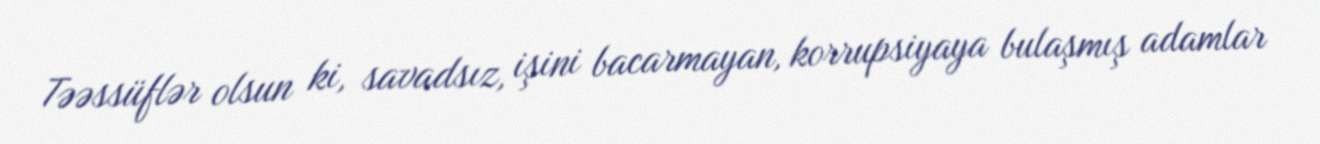
Təəssüflər olsun ki, savadsız, işini bacarmayan, korrupsiyaya bulaşmış adamlar